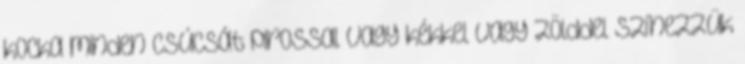
kocka minden csúcsát pirossal vagy kékkel vagy zölddel színezzük